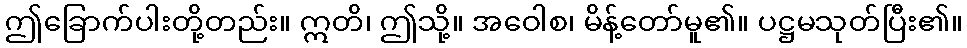
ဤခြောက်ပါးတို့တည်း။ ဣတိ၊ ဤသို့။ အဝေါစ၊ မိန့်တော်မူ၏။ ပဋ္ဌမသုတ်ပြီး၏။